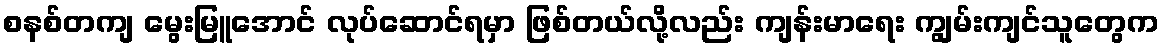
စနစ်တကျ မွေးမြူအောင် လုပ်ဆောင်ရမှာ ဖြစ်တယ်လို့လည်း ကျန်းမာရေး ကျွမ်းကျင်သူတွေက